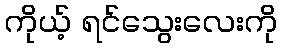
ကိုယ့် ရင်သွေးလေးကို